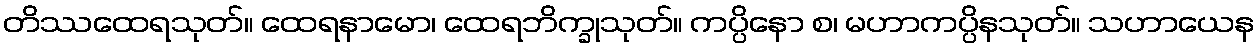
တိဿထေရသုတ်။ ထေရနာမော၊ ထေရဘိက္ခုသုတ်။ ကပ္ပိနော စ၊ မဟာကပ္ပိနသုတ်။ သဟာယေန